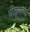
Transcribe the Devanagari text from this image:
घोड्यांचा